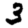
Digit: 3